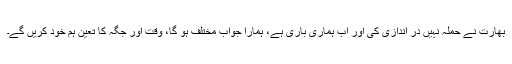
بھارت نے حملہ نہیں در اندازی کی اور اب ہماری باری ہے، ہمارا جواب مختلف ہو گا، وقت اور جگہ کا تعین ہم خود کریں گے۔